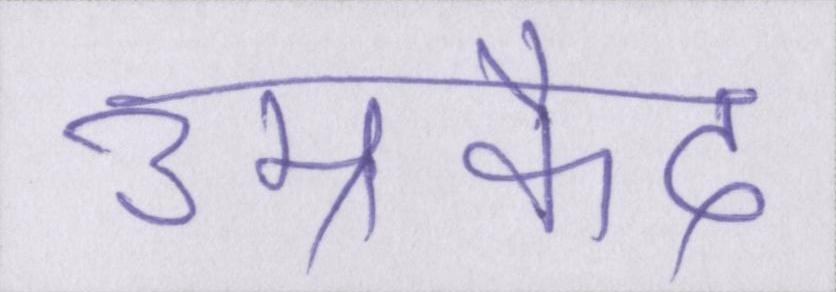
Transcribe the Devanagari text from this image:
उम्रकैद